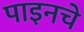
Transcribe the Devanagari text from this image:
पाइनचे